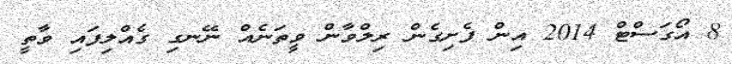
8 އޯގަސްޓް 2014 އިން ފެށިގެން ރިލްވާން ވީތަނެއް ނޭނގި ގެއްލިފައި ވާތީ